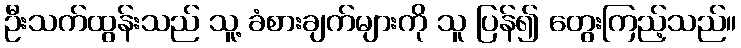
ဦးသက်ထွန်းသည် သူ့ ခံစားချက်များကို သူ ပြန်၍ တွေးကြည့်သည်။